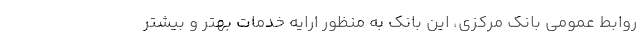
روابط عمومی بانک مرکزی، این بانک به منظور ارایه خدمات بهتر و بیشتر